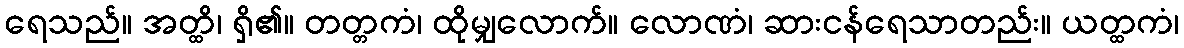
ရေသည်။ အတ္ထိ၊ ရှိ၏။ တတ္တကံ၊ ထိုမျှလောက်။ လောဏံ၊ ဆားငန်ရေသာတည်း။ ယတ္ထကံ၊